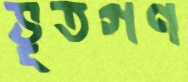
ভূতগণ